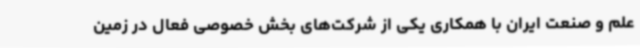
علم و صنعت ایران با همکاری یکی از شرکت‌های بخش خصوصی فعال در زمین